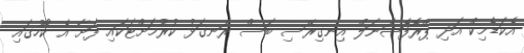
އެކަޑެމިކް އަދި ޕްރޮފެޝަނަލް އިނގިރޭސި ބަސް ރަނގަޅު ކުރުމަށްޓަކައި ފަށާ އެ ކޯހުގައި